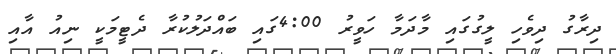
ދިރާގު ދިވެހި ލީގުގައި މާދަމާ ހަވީރު 4:00ގައި ބައްދަލުކުރާ ދެޓީމަކީ ނިއު އާއި